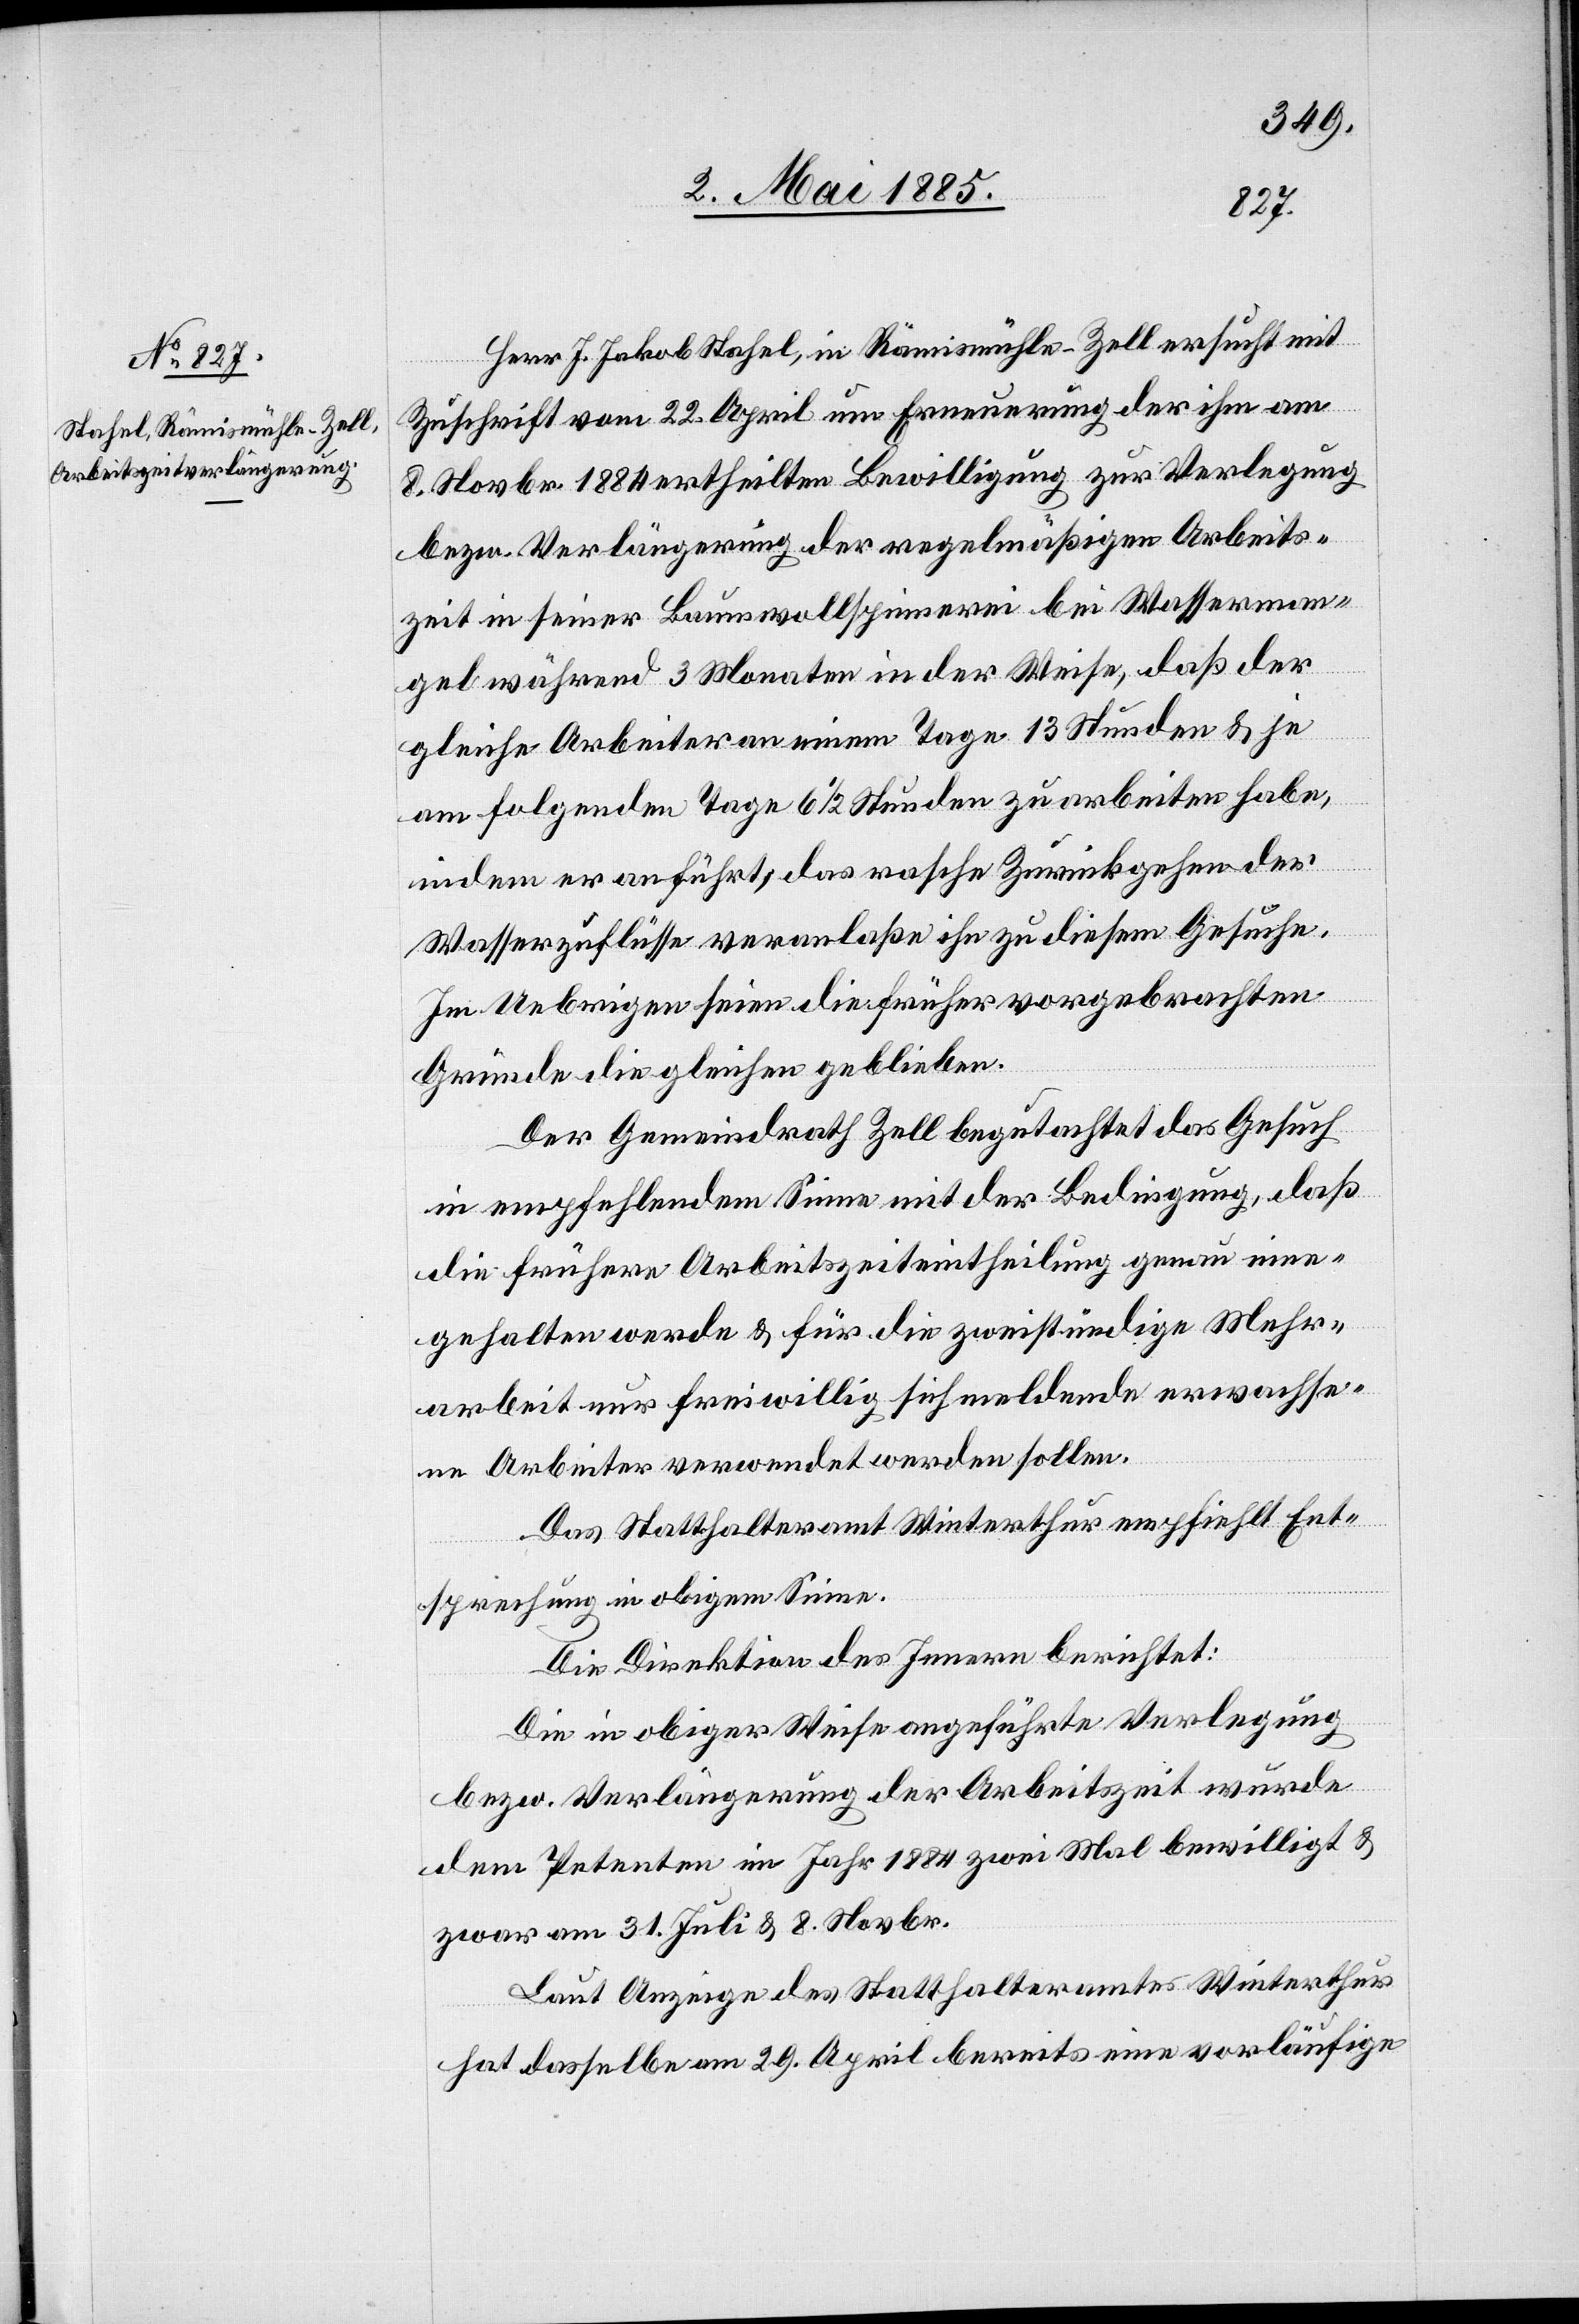
Herr J. Jakob Stahel, in Rämismühle - Zell ersucht mit
Zuschrift vom 22. April um Erneuerung der ihm am
8. Novbr. 1884 ertheilten Bewilligung zur Verlegung
bezw. Verlängerung der regelmäßigen Arbeits¬
zeit in seiner Baumwollspinnerei bei Wasserman¬
gel während 3 Monaten in der Weise, daß der
gleiche Arbeiter an einem Tage 13 Stunden & je
am folgenden Tage 6 1/2 Stunden zu arbeiten habe,
indem er anführt, das rasche Zurückgehen der
Wasserzuflüsse veranlaße ihn zu diesem Gesuche.
Im Uebrigen seien die früher vorgebrachten
Gründe die gleichen geblieben.
Der Gemeindrath Zell begutachtet das Gesuch
in empfehlendem Sinne mit der Bedingung, daß
die frühere Arbeitszeiteintheilung genau inne¬
gehalten werde & für die zweistündige Mehr¬
arbeit nur freiwillig sich meldende erwachse¬
ne Arbeiter verwendet werden sollen.
Das Statthalteramt Winterthur empfiehlt Ent¬
sprechung in obigem Sinne.
Die Direktion des Innern berichtet:
Die in obiger Weise angeführte Verlegung
bezw. Verlängerung der Arbeitszeit wurde
dem Petenten im Jahr 1884 zwei Mal bewilligt &
zwar am 31. Juli & 8. Novbr.
Laut Anzeige des Statthalteramtes Winterthur
hat dasselbe am 29. April bereits eine vorläufige